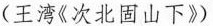
(王湾《次北固山下》)